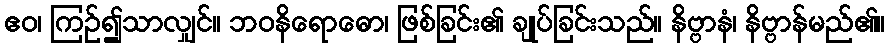
ဧဝ၊ ကြဉ်၍သာလျှင်။ ဘဝနိရောဓော၊ ဖြစ်ခြင်း၏ ချုပ်ခြင်းသည်။ နိဗ္ဗာနံ၊ နိဗ္ဗာန်မည်၏။